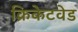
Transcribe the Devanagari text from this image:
क्रिकेटवेड